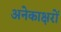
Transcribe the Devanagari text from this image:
अनेकाक्षरों